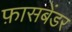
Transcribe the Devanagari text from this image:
फ़ासबेंडर